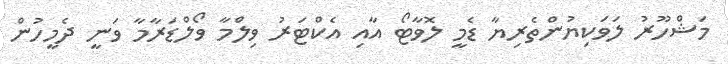
މަޝްހޫރު ލަވަކިޔުންތެރިޔާ ޑެމީ ލޮވާޓޯ އާއި އެކްޓަރު ވިލްމާ ވޯލްޑަރާމާ ވަނީ ދެމީހުން